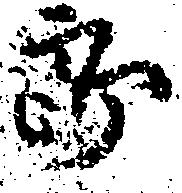
郎